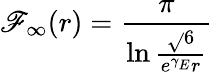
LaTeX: \mathscr{F}_{\infty}(r)=\frac{{\pi}}{{\ln\frac{{\sqrt{}{{6}}}}{{e^{\gamma_{E}}r}}}}